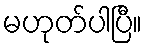
မဟုတ်ပါပြီ။